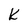
Character: k